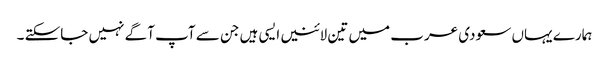
ہمارے یہاں سعودی عرب میں تین لائنیں ایسی ہیں جن سے آپ آگے نہیں جاسکتے ۔